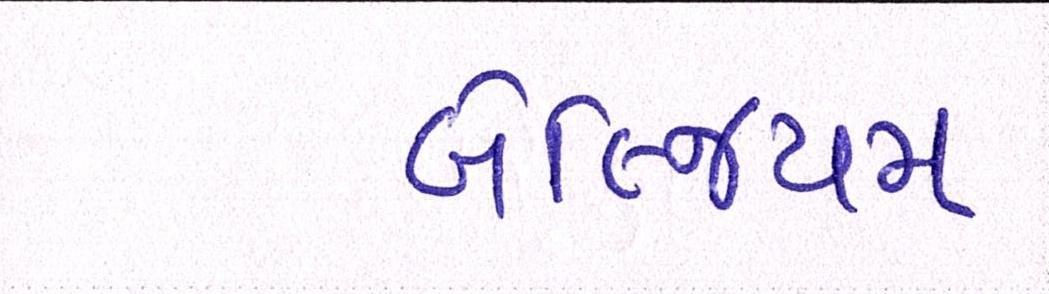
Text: બેલ્જિયમ